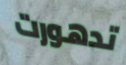
تدهورت